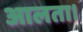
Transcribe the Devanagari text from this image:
आलता।